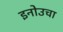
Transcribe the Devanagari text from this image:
इनोउचा